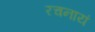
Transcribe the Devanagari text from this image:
रचनायं